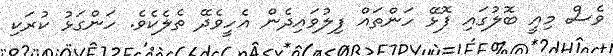
ވެސް މިއީ ބޮލުގައި ފޮޅޭ ހަންތައް ފިލުވައިދެން އެހީވެދޭ ތެލެކެވެ. ހަންގަޅު ކުރަކި